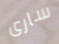
سارى